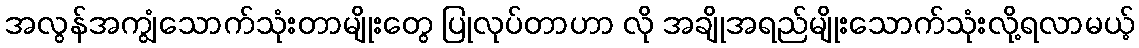
အလွန်အကျွံသောက်သုံးတာမျိုးတွေ ပြုလုပ်တာဟာ လို အချိုအရည်မျိုးသောက်သုံးလို့ရလာမယ့်